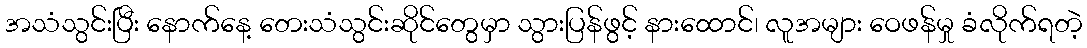
အသံသွင်းပြီး နောက်နေ့ တေးသံသွင်းဆိုင်တွေမှာ သွားပြန်ဖွင့် နားထောင်၊ လူအများ ဝေဖန်မှု ခံလိုက်ရတဲ့